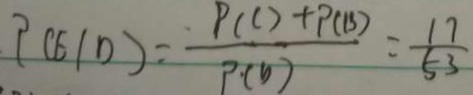
P ( E / D ) = \frac { P ( C ) + P ( 1 5 ) } { P ( b ) } = \frac { 1 7 } { 5 3 }